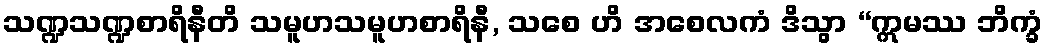
သဏ္ဍသဏ္ဍစာရိနီတိ သမူဟသမူဟစာရိနီ, သစေ ဟိ အစေလကံ ဒိသွာ “ဣမဿ ဘိက္ခံ